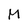
Character: M